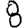
Digit: 8